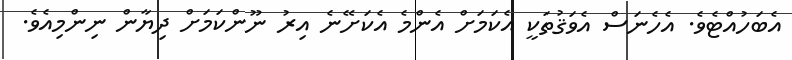
އެބަހުއްޓެވެ. އެހެނަސް އެވަޤުތަކީ އެކަމަށް އެންމެ އެކަށޭނެ އިރު ނޫންކަމަށް ދިޔާން ނިންމިއެވެ.